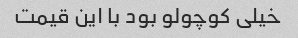
خیلی کوچولو بود با این قیمت